Punjab Mental Hospital Lahore 1932-46 - 1932-1946
Year: 1932
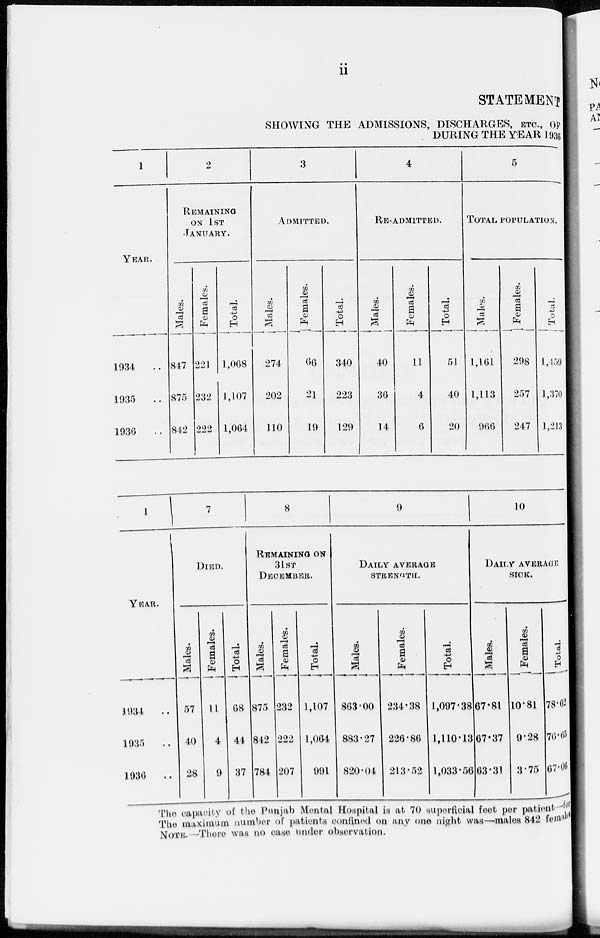
ii
STATEMENT
SHOWING THE ADMISSIONS, DISCHARGES, ETC., OF
DURING THE YEAR 1936
1
YEAR.
1934 ..
1935 ..
1936 ..
2
REMAINING
ON 1ST
JANUARY.
Males.
847
875
842
Females.
221
232
222
Total.
1,068
1,107
1,064
3
ADMITTED.
Males.
274
202
110
Females.
66
21
19
Total.
340
223
129
4
RE-ADMITTED.
Males.
40
36
14
Females.
11
4
6
Total.
51
40
20
5
TOTAL POPULATION.
Males.
1,161
1,113
966
Females.
298
257
247
Total.
1,459
1,370
1,213
1
YEAR.
1934 ..
1935 ..
1936
..
7
DIED.
Males.
57
40
28
Females.
11
4
9
Total.
68
44
37
8
REMAINING ON
31ST
DECEMBER.
Males.
875
842
784
Females.
232
222
207
Total.
1,107
1,064
991
9
DAILY AVERAGE
STRENGTH.
Males.
863.00
883.27
820.04
Females.
234.38
226.86
213.52
Total.
1,097.38
1,110.13
1,033.56
10
DAILY AVERAGE
SICK.
Males.
67.81
67.37
63.31
Females.
10.81
9.28
3.75
Total.
78.62
76.65
67.06
The capacity of the Punjab Mental Hospital is at 70 superficial feet per patient for
The maximum number of patients confined on any one night was—males 842 females
NOTE.-There was no case under observation.